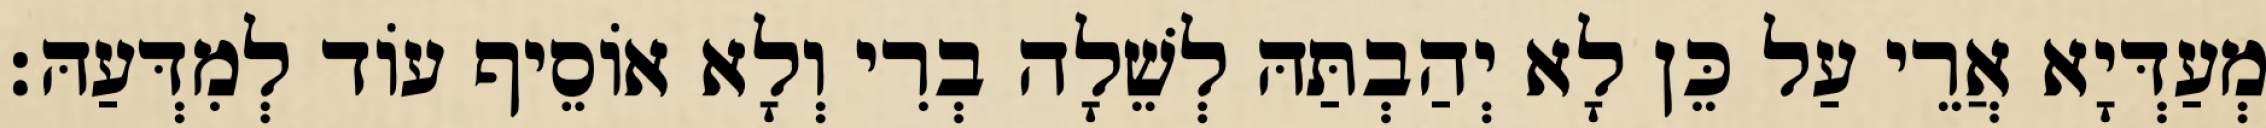
מְעַדְּיָא אֲרֵי עַל כֵּן לָא יְהַבְתַּהּ לְשֵׁלָה בְרִי וְלָא אוֹסֵיף עוֹד לְמִדְּעַהּ׃